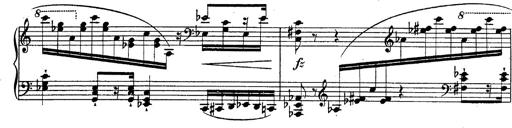
Title: Fantasie Ã¼ber Themen aus Mozarts Figaro und Don Giovanni
Composer: Franz Liszt